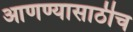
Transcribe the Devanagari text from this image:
आणण्यासाठीच